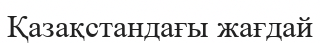
Қазақстандағы жағдай